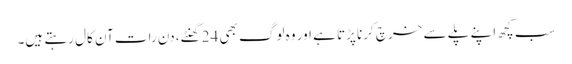
سب کچھ اپنے پلے سے خرچ کرنا پڑتا ہے اور وہ لوگ بھی 24 گھنٹے، دن رات آن کال رہتے ہیں۔